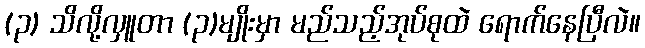
(၃) သိလို့လှူတာ (၃)မျိုးမှာ မည်သည့်အုပ်စုထဲ ရောက်နေပြီလဲ။